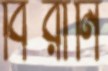
বিরানি